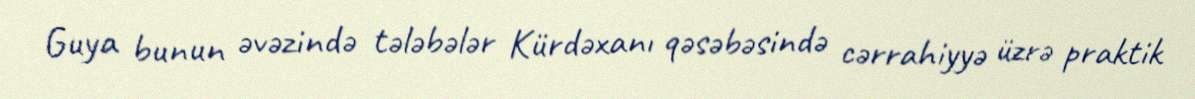
Guya bunun əvəzində tələbələr Kürdəxanı qəsəbəsində cərrahiyyə üzrə praktik